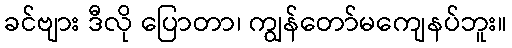
ခင်ဗျား ဒီလို ပြောတာ၊ ကျွန်တော်မကျေနပ်ဘူး။